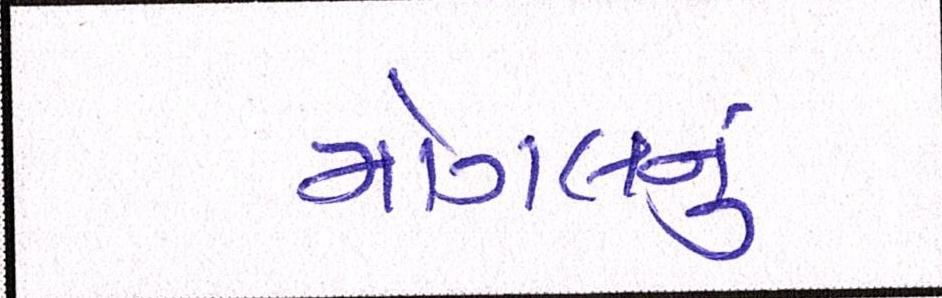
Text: મોગલનું